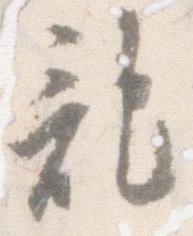
記